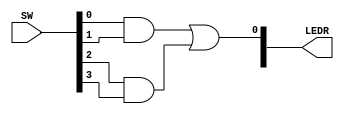
/*
Author: Kyle Jarvis
Program Name: Lab 3 Part 2
Creation Date: 1/31/24
Date Last Updated: 1/31/24
Function: Gate level AND/OR
Method: Using outputs and inputs to replecate AND/Or
Outputs: DE10 Board
*/

module Lab3Part2(
	input [3:0] SW,
	output[2:0] LEDR);
	// The first three LEDs will be used in this lab
	
	
		// Temporary variables used to allow the flow of data values
		// Rather than storing the value to be used later
		
		wire a, b;
		
		// gate_name (Output, Input1, Input2, Input3,...);
		// LEDR[0] = SW[0]&SW[1] | SW[2]&SW[3]
		
		and(a, SW[0], SW[1]);	// a = SW[0] & SW[1]
		and(b, SW[2], SW[3]);	// b = SW[2] & SW[3]
		or(LEDR[0], a, b);		// LEDR[0] = a | b
		
endmodule